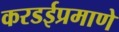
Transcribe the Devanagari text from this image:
करडईप्रमाणे